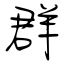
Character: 群